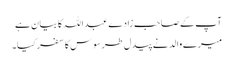
آپ کے صاحب زادے عبداللہ کا بیان ہے
میرے والد نے پیدل طرسوس کا سفر کیا۔